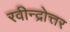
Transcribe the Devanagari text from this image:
रवीन्द्रोत्तर